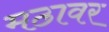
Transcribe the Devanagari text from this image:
मठावर